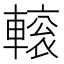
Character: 𨍽